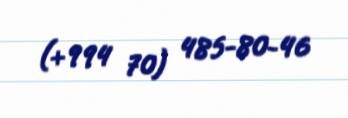
(+994 70) 485-80-46